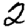
Digit: 2